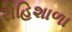
રોહિશાળા